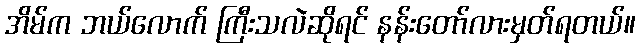
အိမ်က ဘယ်လောက် ကြီးသလဲဆိုရင် နန်းတော်လားမှတ်ရတယ်။